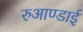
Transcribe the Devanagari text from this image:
रुआण्डाई